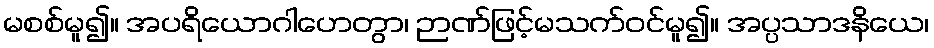
မစစ်မူ၍။ အပရိယောဂါဟေတွာ၊ ဉာဏ်ဖြင့်မသက်ဝင်မူ၍။ အပ္ပသာဒနိယေ၊